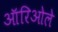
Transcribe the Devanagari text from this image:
ऑरिओले